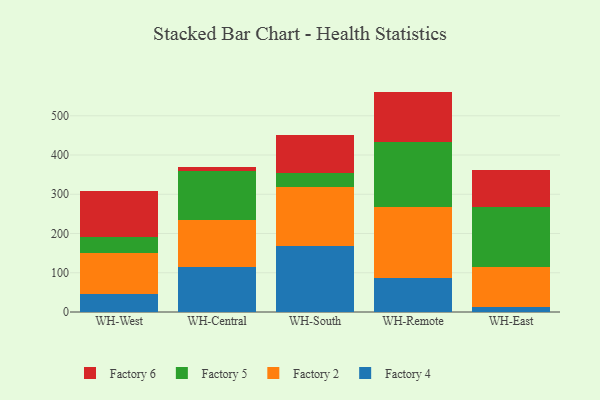
{"axis": {"x": "Warehouse", "y": "Latency (ms)"}, "legend": ["Factory 2", "Factory 4", "Factory 5", "Factory 6"], "data": [{"x": "WH-West", "y": 45.2, "type": "Factory 4"}, {"x": "WH-West", "y": 104.7, "type": "Factory 2"}, {"x": "WH-West", "y": 40.7, "type": "Factory 5"}, {"x": "WH-West", "y": 118.0, "type": "Factory 6"}, {"x": "WH-Central", "y": 114.3, "type": "Factory 4"}, {"x": "WH-Central", "y": 119.8, "type": "Factory 2"}, {"x": "WH-Central", "y": 125.9, "type": "Factory 5"}, {"x": "WH-Central", "y": 9.7, "type": "Factory 6"}, {"x": "WH-South", "y": 169.1, "type": "Factory 4"}, {"x": "WH-South", "y": 149.7, "type": "Factory 2"}, {"x": "WH-South", "y": 34.9, "type": "Factory 5"}, {"x": "WH-South", "y": 98.0, "type": "Factory 6"}, {"x": "WH-Remote", "y": 87.3, "type": "Factory 4"}, {"x": "WH-Remote", "y": 179.7, "type": "Factory 2"}, {"x": "WH-Remote", "y": 165.5, "type": "Factory 5"}, {"x": "WH-Remote", "y": 129.1, "type": "Factory 6"}, {"x": "WH-East", "y": 13.3, "type": "Factory 4"}, {"x": "WH-East", "y": 102.2, "type": "Factory 2"}, {"x": "WH-East", "y": 152.3, "type": "Factory 5"}, {"x": "WH-East", "y": 93.1, "type": "Factory 6"}]}